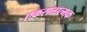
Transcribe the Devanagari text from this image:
एकसत्तात्मक